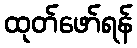
ထုတ်ဖော်ရန်